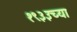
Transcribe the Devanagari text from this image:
१९३३च्या